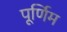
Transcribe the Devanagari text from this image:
पूर्णिम